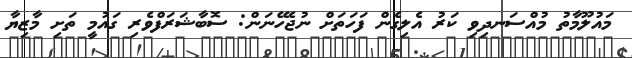
މައުލޫމާތު މުއްސަނދިވި ކަރު އެލިގެން ފަހަތަށް ނުޖެހޭނަން: ސޮބާޝަރަފްވެރި ގައުމީ ތަށި މާޒިޔާ